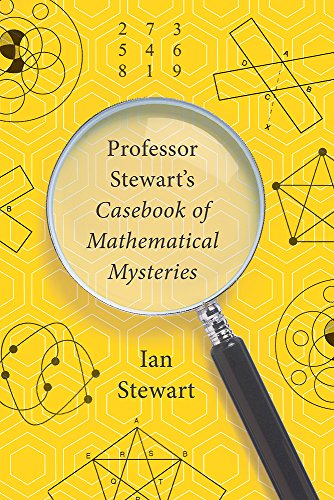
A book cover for Professor Stewart's Casebook of Mathematical Mysteries; Ian Stewart; Humor & Entertainment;